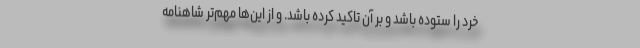
خرد را ستوده باشد و بر آن تاکید کرده باشد. و از این‌ها مهم‌تر شاهنامه